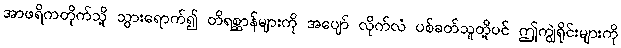
အာဖရိကတိုက်သို့ သွားရောက်၍ တိရစ္ဆာန်များကို အပျော် လိုက်လံ ပစ်ခတ်သူတို့ပင် ဤကျွဲရိုင်းများကို